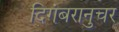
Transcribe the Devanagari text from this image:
दिगंबरानुचर